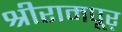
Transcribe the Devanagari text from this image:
श्रीरामपूर्